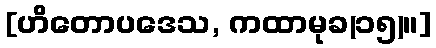
[ဟိတောပဒေသ, ကထာမုခ(၁၅)။]